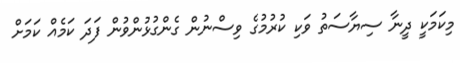
މިކަމަކީ ދީނާ ސިޔާސަތު ވަކި ކުރުމުގެ ވިސްނުން ގެންގުޅުންވުން ފަދަ ކަމެއް ކަމަށް